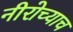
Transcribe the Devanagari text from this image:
नीरोच्याच